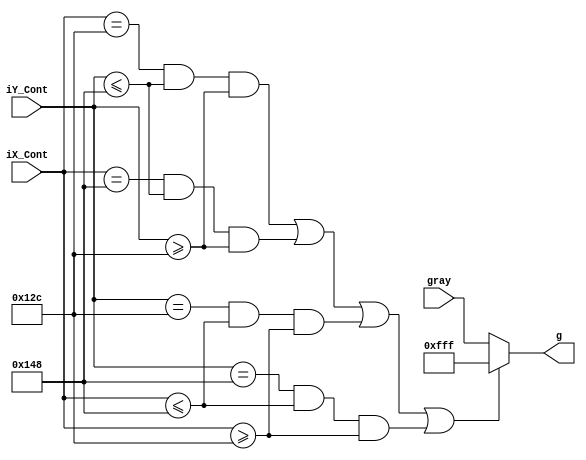
module char_box(
  input [11:0] gray,
  input [15:0] iX_Cont,
  input [15:0] iY_Cont,
  
  output [11:0] g
  );
  
  wire box;
  
  assign box = (iX_Cont == 16'd300) & (iY_Cont <= 16'd328) & (iY_Cont >= 16'd300) |
					(iX_Cont == 16'd328) & (iY_Cont <= 16'd328) & (iY_Cont >= 16'd300) |
					(iY_Cont == 16'd300) & (iX_Cont <= 16'd328) & (iX_Cont >= 16'd300) |
					(iY_Cont == 16'd328) & (iX_Cont <= 16'd328) & (iX_Cont >= 16'd300);
					
  assign g = box ? 12'hfff : gray;
  endmodule